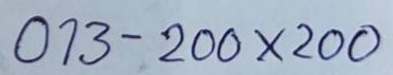
013 - 200 x 200